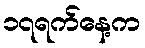
၁၇ရက်နေ့က